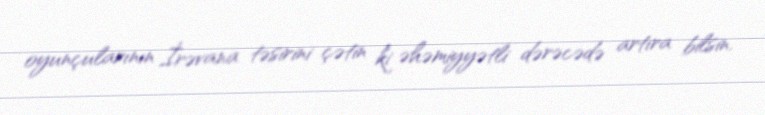
oyunçularının İrəvana təsirini çətin ki əhəmiyyətli dərəcədə artıra bilsin.